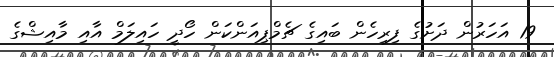
19 އަހަރުން ދަށުގެ ފިރިހެން ބައިގެ ޗެމްޕިއަންކަން ހޯދީ ހައިލަމް އާއި މާއިޝްގެ